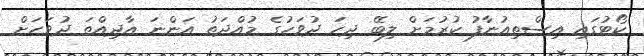
ކޯޓުގައި އިސްތިއުނާފު ކުރުމަށް ލިބޭ ދިހަ ދުވަހުގެ މުއްދަތު އަންނަ އާދިއްތަ ދުވަހަށް